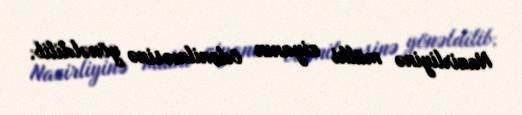
Nazirliyinə mülki ziyanın ödənilməsinə yönəldilib.